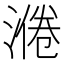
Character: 𱨅